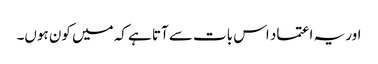
اور یہ اعتماد اس بات سے آتا ہے کہ میں کون ہوں۔